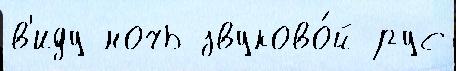
в'иду ночь звуково́й рус